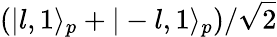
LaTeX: (|l,1\rangle_{p}+|-l,1\rangle_{p})/{\sqrt 2}